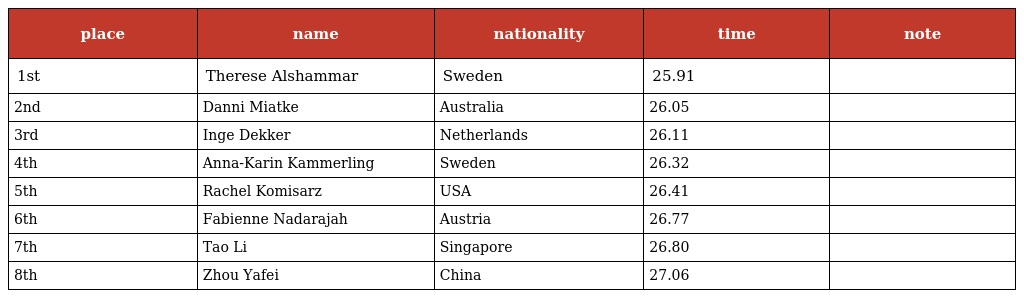
| place | name | nationality | time | note |
 | --- | --- | --- | --- | --- |
 | 1st | Therese Alshammar | Sweden | 25.91 |  |
 | 2nd | Danni Miatke | Australia | 26.05 |  |
 | 3rd | Inge Dekker | Netherlands | 26.11 |  |
 | 4th | Anna-Karin Kammerling | Sweden | 26.32 |  |
 | 5th | Rachel Komisarz | USA | 26.41 |  |
 | 6th | Fabienne Nadarajah | Austria | 26.77 |  |
 | 7th | Tao Li | Singapore | 26.80 |  |
 | 8th | Zhou Yafei | China | 27.06 |  |